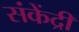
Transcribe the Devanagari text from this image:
संकेंद्री